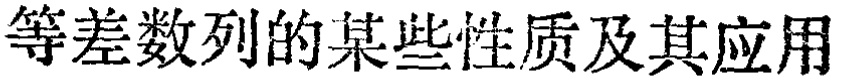
等差数列的某些性质及其应用